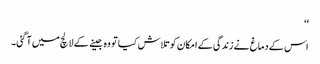
‘‘
اس کے دماغ نے زندگی کے امکان کو تلاش کیا تو وہ جینے کے لالچ میں آ گئی۔